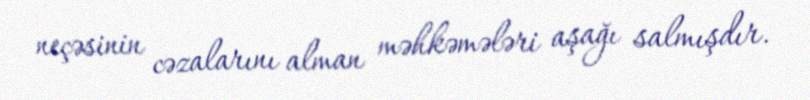
neçəsinin cəzalarını alman məhkəmələri aşağı salmışdır.